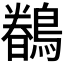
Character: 𮭎